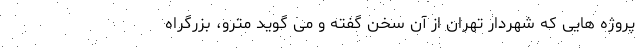
پروژه هایی که شهردار تهران از آن سخن گفته و می گوید مترو، بزرگراه